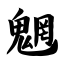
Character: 魍